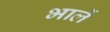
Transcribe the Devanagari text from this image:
भालें